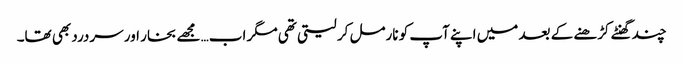
چند گھنٹے کڑھنے کے بعد میں اپنے آپ کو نارمل کر لیتی تھی مگر اب… مجھے بخار اور سردرد بھی تھا۔